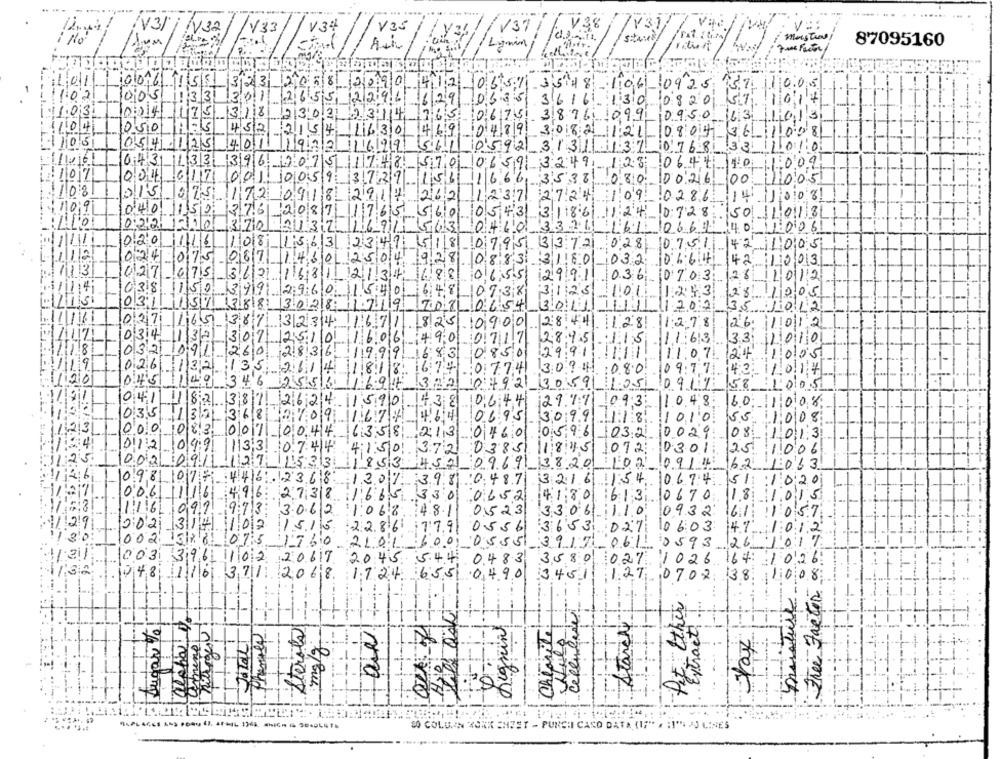
ilv32
1133
V34
V35
V39
V3/
Lignin,
87095160
1011
12/05/81
10016 15 51 32 3
2090 412 0651 35 18 106- 0925
37
10:0
11
1005
3 3 301
629 068
3616-130 0820
103
1175
1318
3
14
10,675 3876 099 0950 63
104
050 11:15
432
14
6 310
489 3082 121- 0804 36 1008
1105
054 125 4011 19.
16/9191
5611 0592 3131 137 0768 33
11106
0431 133 396 207
748 570 0659 3249 123 0644 10
009
1017
004 617 001.0059 3729.15
666, 3538 080 0026:00 1005
108
015 075 172
3171
27.24
09 :0286 14 1008
109
040 1152
376
561
431
3 11861 1124 0728 50110131
0221210-370
33211
10669 140 11:0081
020 116 108
1234
33721
028 0751
421005
112
101
1250
88:31
6:4
024-075-067
31180
032
421003
1 701 13
027-675-362
213
655 12991
036
10703
1012
038 150 399 2960
7.38
3123 101
1:2.5.3.
1005
031 157 388 3028
654 361111
2020
5/10/12
027 165 3873234
0900 28:441128
1:2.78
261012
034 132 301 2510
7 17
2895-115
1163
3.3
10i
:0
032 091-2
2836
850
29.91111 11:07 24
01
026 132 135
2:11
7741 309 41 :080 09:17 42
1014
045 149 346
12:54
492 30591 105 0917
158
1005
041 1 82 387 260
644 29.11 093
10.48
60
1008
035 1321
13166
155
008
2695 3099 118 1010
000 083 007
08
460 0596
032 0029
1013
012 099
118:45
25
13,3
385 11845 1072 0301
1006
003 091
62
969 3820 102 0914
1013.
9.81 107;
4/416!
487 3216 11:54
069451:11
:0
06
916
111
7.31
41.80
0670
11.8
6.091
523 3306-110
0932
61 110
0021
3/1
10
556 3653
027: 06:03
14.7.
1:0
0:12
0
2,
151%
5551 3917
06
1 0593
26
10
3 39
1102
20
483 3,580
027 1026 164
102
1732
048
116 371 2068
17:24
6.5.51
0490
3451
127 07 02 38
Free Factor
cellulare
Starch
misture
Pit tther
Lugar Te
Stories
Regning
Cheprite
thi
tax
mg/g
SO COLUMN YORK SHEET - PUNCHI CASO DATA (17" . : 1' >J LINES